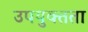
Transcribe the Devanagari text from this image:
उपयुक्‍तता